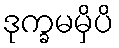
ဒုက္ခမမှိပိ